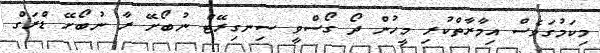
މިކަމުގަވެސް އިމާރާތްކުރި މީހުން ދޯ ގޯސްވީ ސިނގިރޭޓް ނުބޯށޭ ރާ ނުބޯށޭ ޑްރަގް